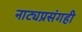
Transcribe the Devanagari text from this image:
नाट्यप्रसंगही